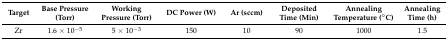
<table><thead><tr><td><b>Target</b></td><td><b>Base Pressure (Torr)</b></td><td><b>Working Pressure (Torr)</b></td><td><b>DC Power (W)</b></td><td><b>Ar (sccm)</b></td><td><b>Deposited Time (Min)</b></td><td><b>Annealing Temperature (°C)</b></td><td><b>Annealing Time (h)</b></td></tr></thead><tbody><tr><td>Zr</td><td>1.6 × 10<sup>−5</sup></td><td>5 × 10<sup>−3</sup></td><td>150</td><td>10</td><td>90</td><td>1000</td><td>1.5</td></tr></tbody></table>